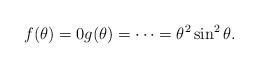
LaTeX: \begin{align*} f(\theta)=0g(\theta)=\cdots=\theta^2\sin^2\theta.\end{align*}